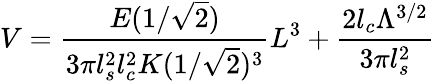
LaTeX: V=\frac{E(1/\sqrt{2})}{3\pi l_{s}^{2}l_{c}^{2}K(1/\sqrt{2})^{3}}L^{3}+\frac{2l_{c}\Lambda^{3/2}}{3\pi l_{s}^{2}}